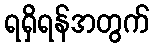
ရရှိရန်အတွက်